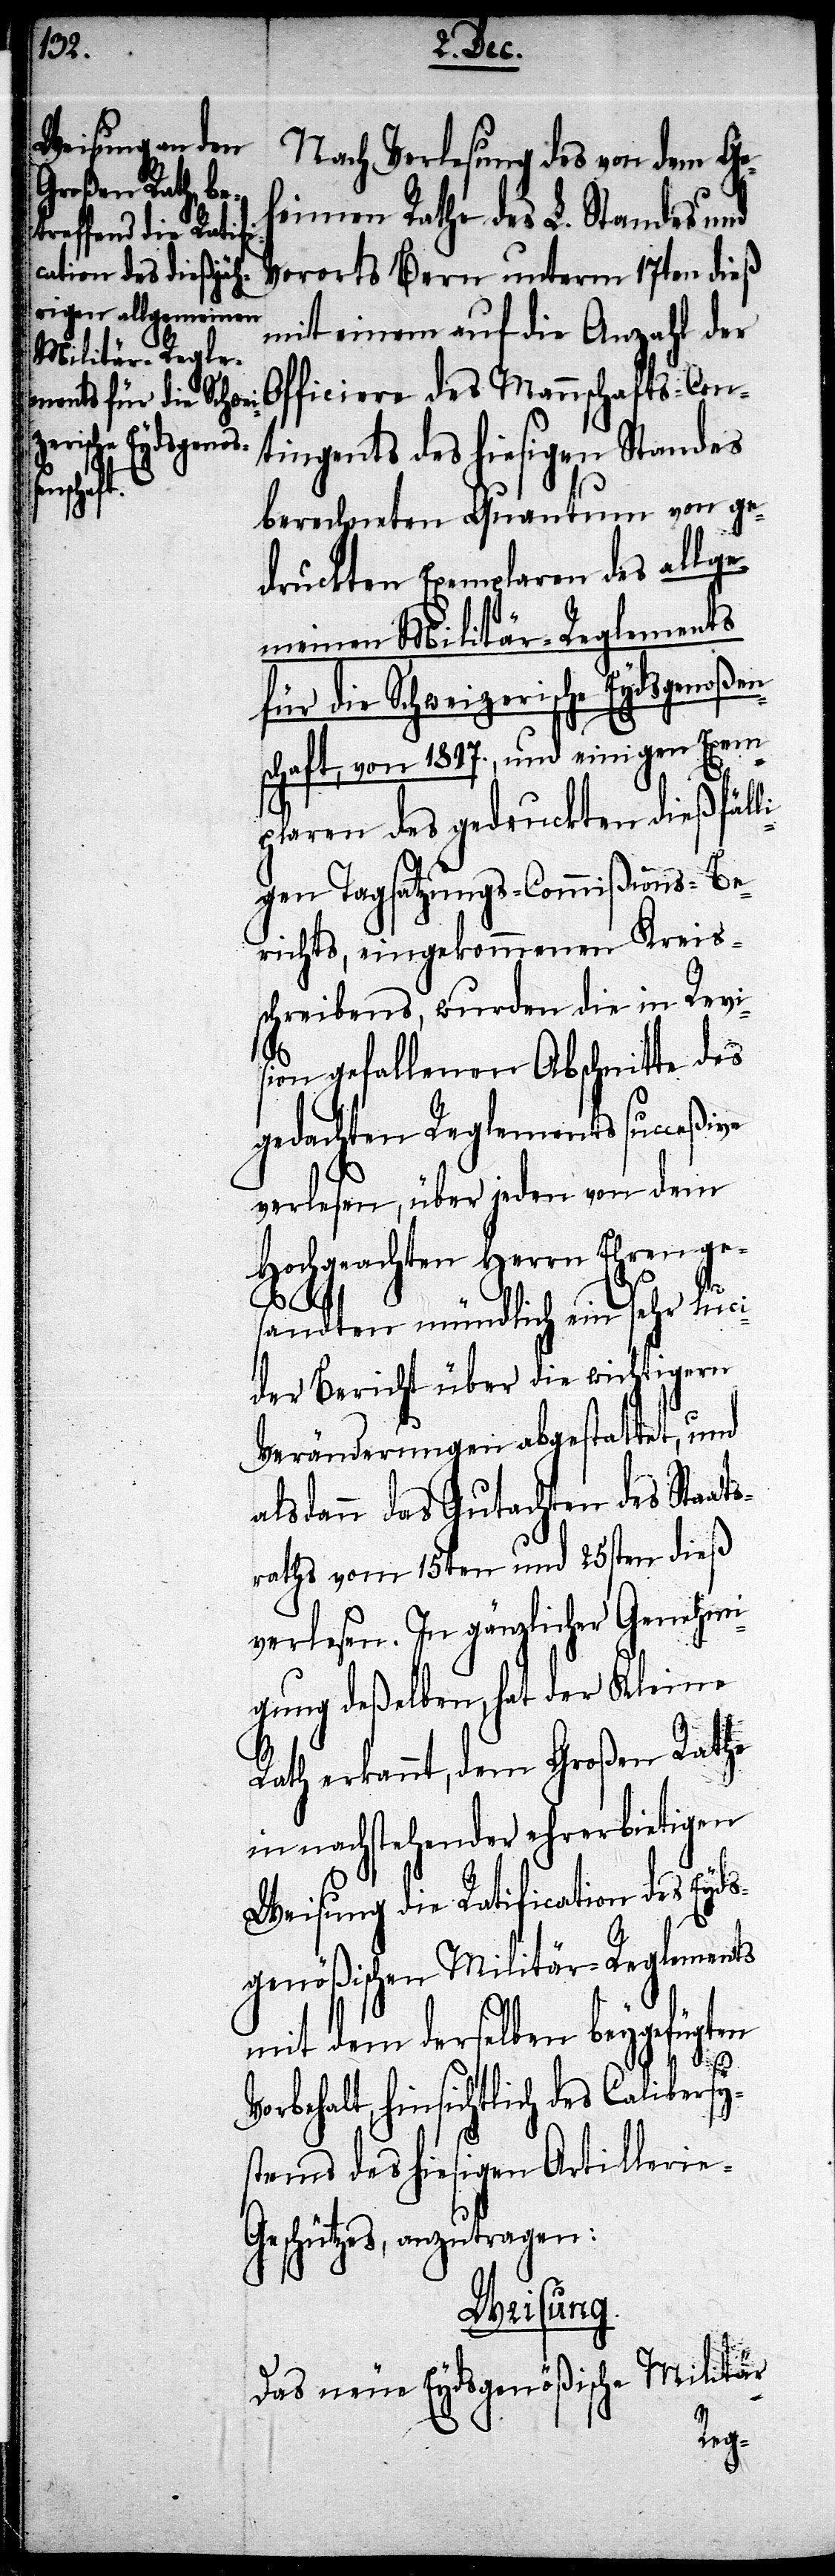
uckten dießfäl¬

Nach Verlesung des von dem Ge¬
heimen Rathe des L. Standes und
Vororts Bern unterm 17ten dieß
mit einem auf die Anzahl der
Officiere des Mannschafts-Con¬
tingents des hiesigen Standes
berechneten Quantum von ge¬
druckten Exemplaren des allge¬
meinen Militär-Reglements
für die Schweizerische Eydsgenoßen¬
schaft, von 1797., und einigen Exemp¬
ligen Tagsatzungs-Commißions-Be¬
richts, eingekommenen Kreis¬
schreibens, wurden die in Revi¬
sion gefallenen Abschnitte des
gedachten Reglements succeßive
verlesen, über jeden von dem
Hochgeachten Herrn Ehrenge¬
sandten mündlich ein sehr luci¬
der Bericht über die wichtigen
Veränderungen abgestattet, und
alsdann das Gutachten des Staat¬
sraths vom 15ten und 25sten dieß
verlesen. In gänzlicher Genehmi¬
gung deßelben, hat der Kleine
Rath erkannt, dem Großen Rathe
in nachstehender ehrerbietigen
Weisung die Ratification des Eyd¬
sgenößischen Militär-Reglements
mit dem derselben beygefügten
Vorbehalt, hinsichtlich des Calibersy¬
stems des hiesigen Artillerie-G¬
eschützes anzutragen:
sung.
Wei¬
Das neue Eydsgenößische Militär